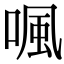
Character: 𠷕